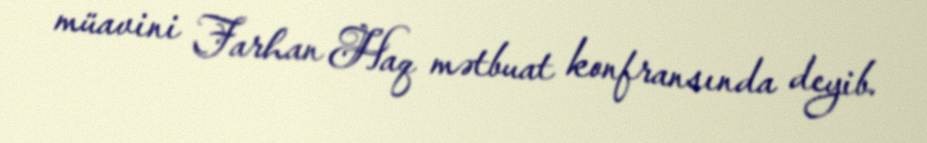
müavini Farhan Haq mətbuat konfransında deyib.